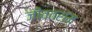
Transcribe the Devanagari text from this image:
जीवतराम